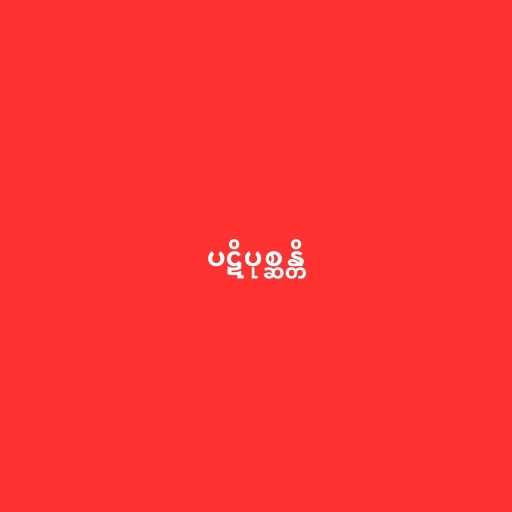
ပဋိပုစ္ဆန္တိ